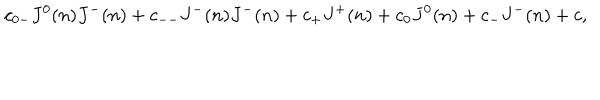
c _ { 0 - } J ^ { 0 } ( n ) J ^ { - } ( n ) + c _ { -- } J ^ { - } ( n ) J ^ { - } ( n ) + c _ { + } J ^ { + } ( n ) + c _ { 0 } J ^ { 0 } ( n ) + c _ { - } J ^ { - } ( n ) + c ,